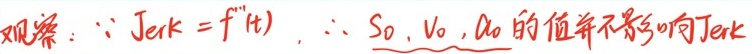
观察：\(\because \text{Jerk} = f'''(t)\)，\(\therefore S_0, V_0, A_0\)的值并不影响Jerk